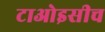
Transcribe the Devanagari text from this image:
टाओइसीच